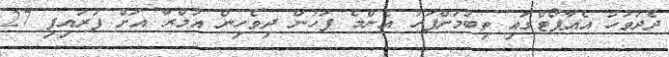
ދެދުވަހު އެއާޕޯޓްގައި ތިބުމަށްފަހު އެންމެ ފަހުން ދިވެހިން އުމްރާ އަށް ފުރައިފި 27